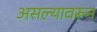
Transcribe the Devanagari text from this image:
असल्यावरून